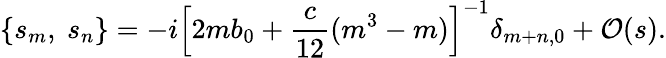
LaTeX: \left\{ s_{m},\ s_{n}\right\} =-i\left[2mb_{0}+\frac{c}{12}(m^{3}-m)\right]^{-1}\delta_{m+n,0}+{\cal O}(s).